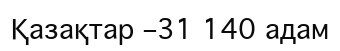
Қазақтар –31 140 адам